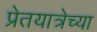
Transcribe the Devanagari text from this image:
प्रेतयात्रेच्या